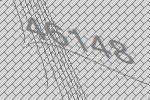
46148